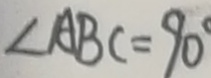
\angle A B C = 9 0 ^ { \circ }